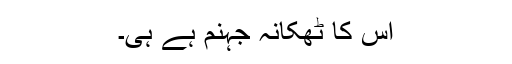
اس کا ٹھکانہ جہنم ہے ہی۔